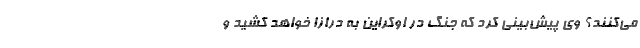
می‌کنند؟ وی پیش‌بینی کرد که جنگ در اوکراین به درازا خواهد کشید و